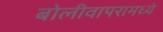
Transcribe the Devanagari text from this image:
बोलीवापरामध्ये